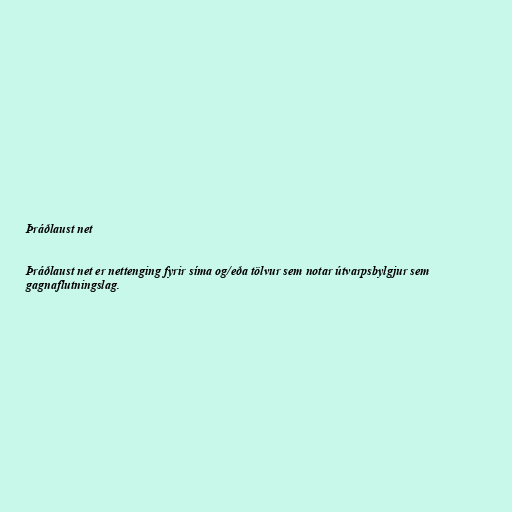
Þráðlaust net

Þráðlaust net er nettenging fyrir síma og/eða tölvur sem notar útvarpsbylgjur sem
gagnaflutningslag.